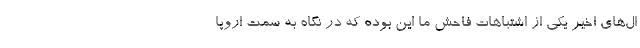
ال‌های اخیر یکی از اشتباهات فاحش ما این بوده که در نگاه به سمت اروپا